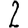
Digit: 2